65_HS1-834228961_62-HQ-83894_Section_4
Agency: FBI
Page 61
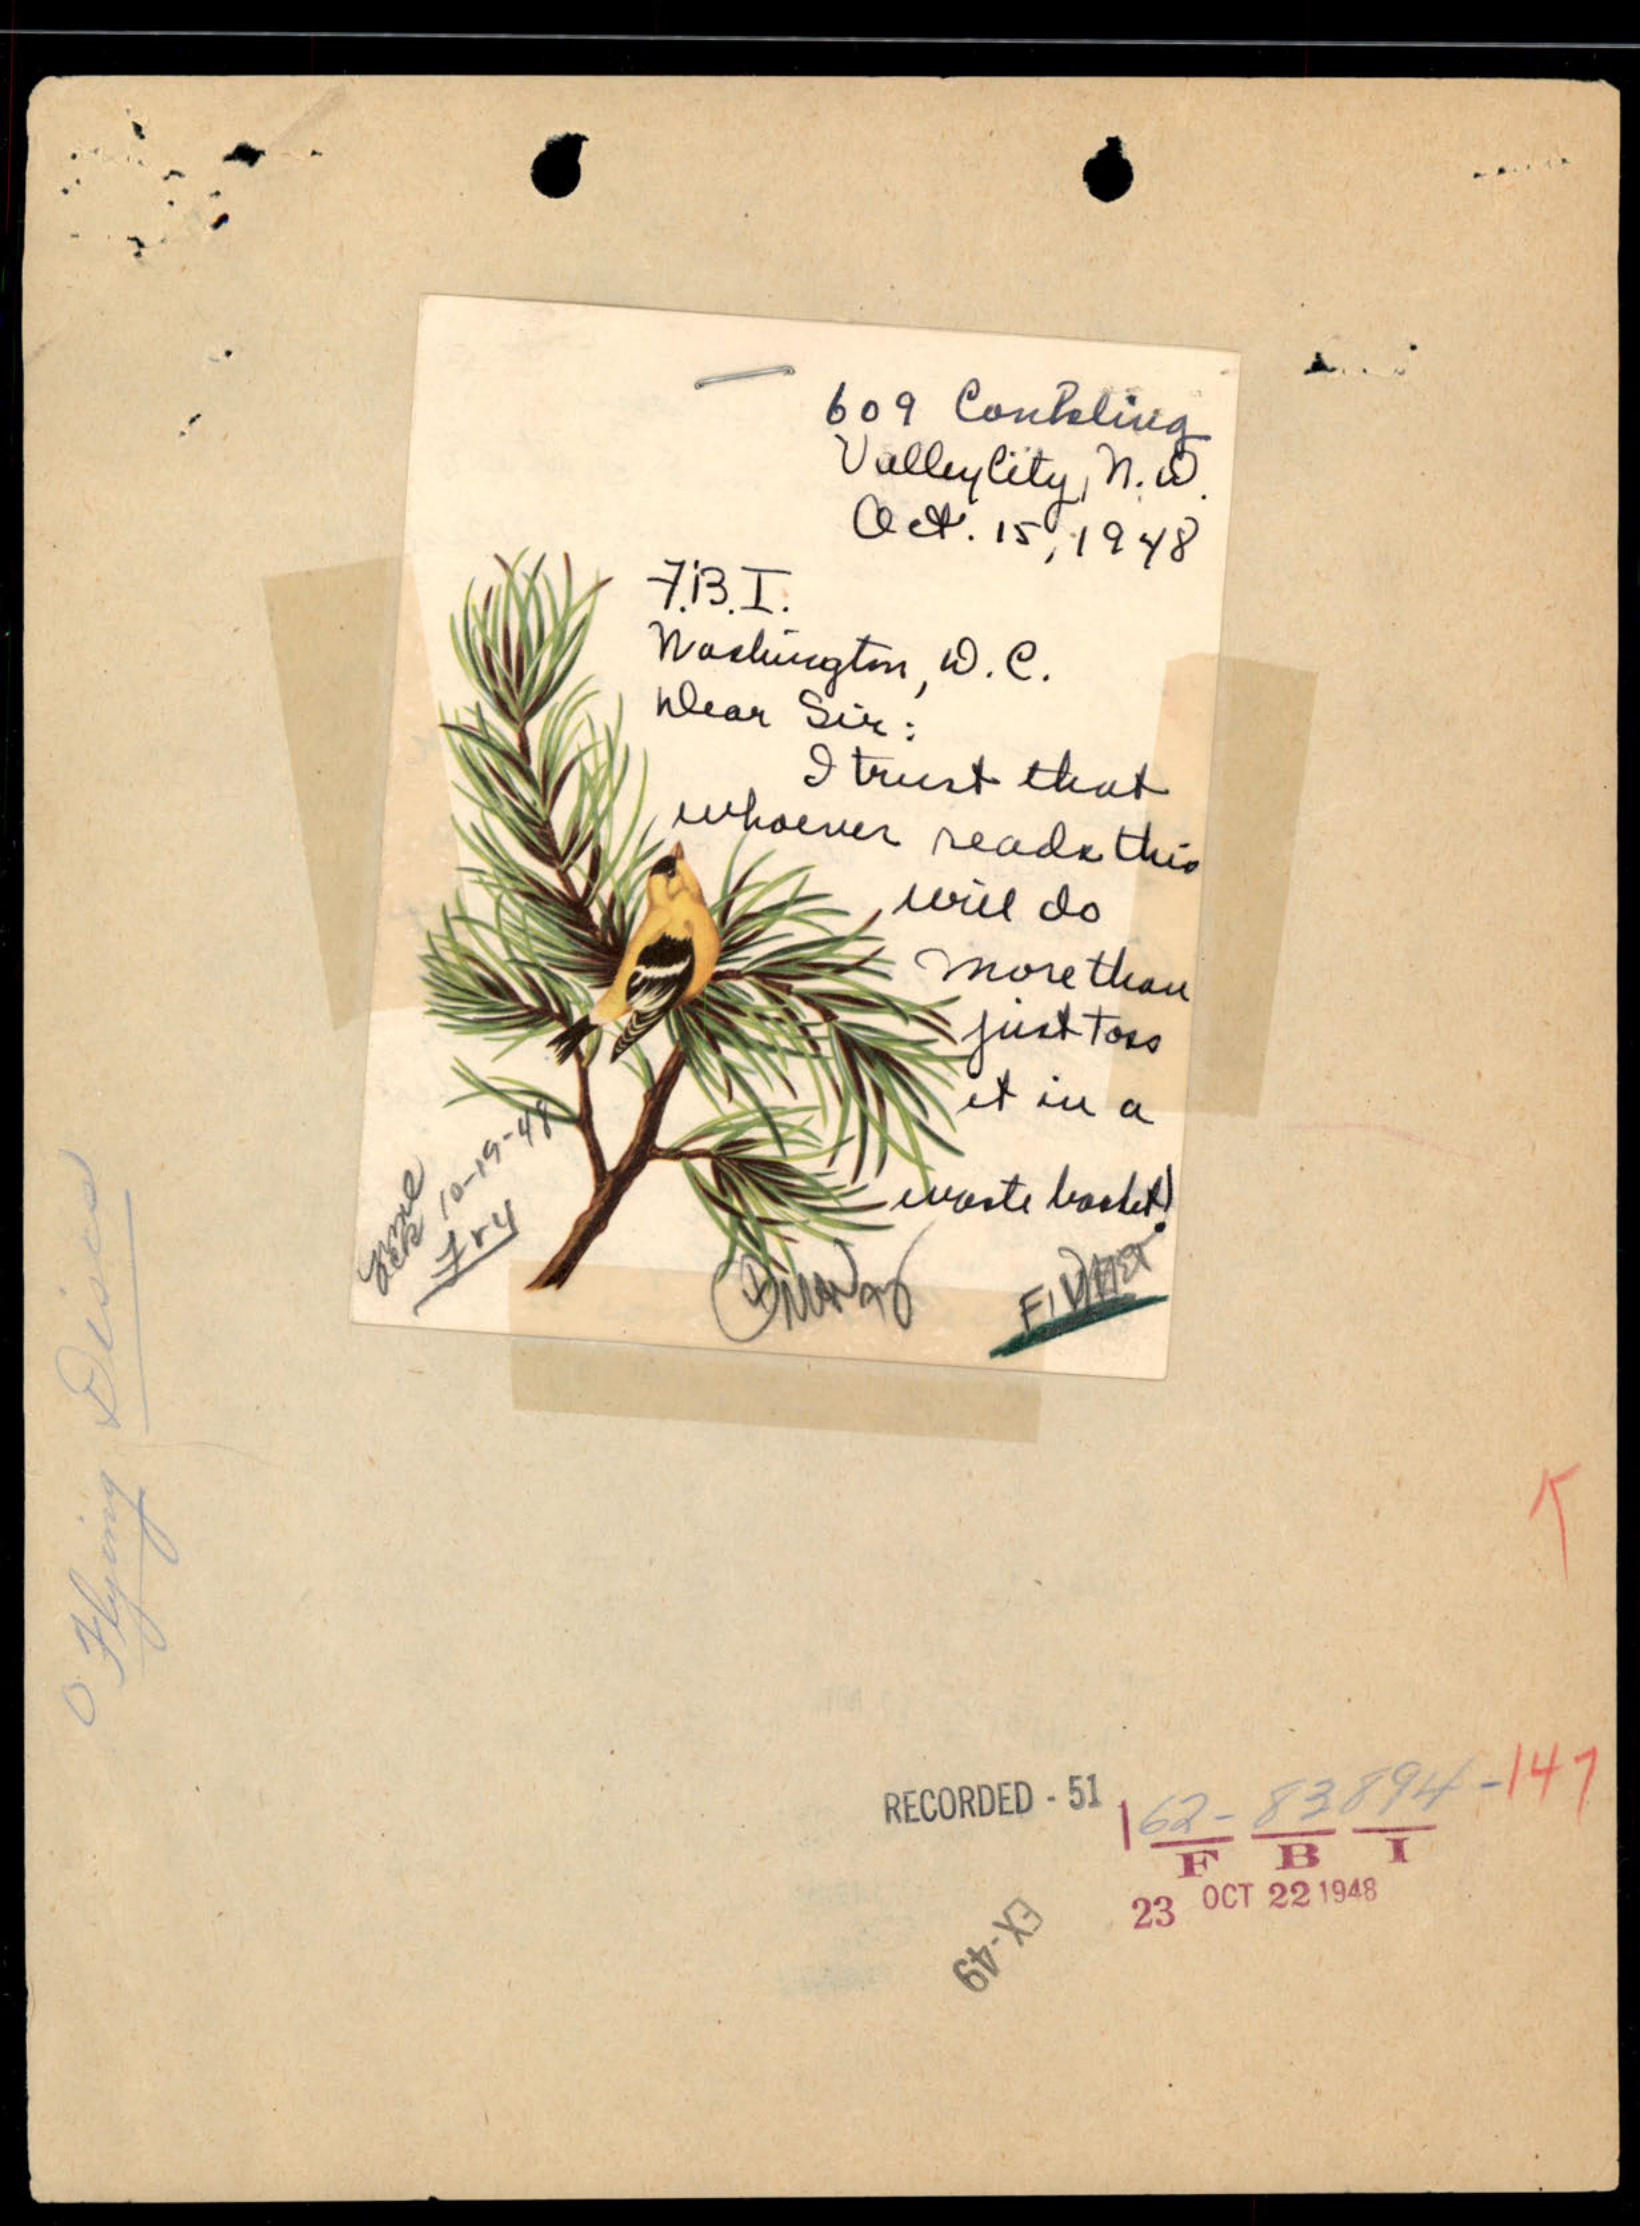